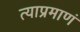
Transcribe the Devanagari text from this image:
त्याप्रमाणं